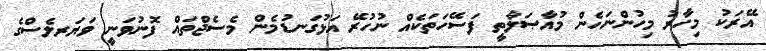
އޭރަކު މިހާރު މިހުންނަހެން މުއާޞަލާތީ ފަސޭހަތަކެއް ނުހުރޭ އަޅުގަނޑުމެން މެސެޖްތައް ފޮނުވަނީ ވަޔަރލެސްގެ